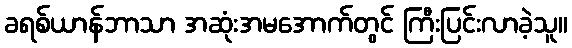
ခရစ်ယာန်ဘာသာ အဆုံးအမအောက်တွင် ကြီးပြင်းလာခဲ့သူ။